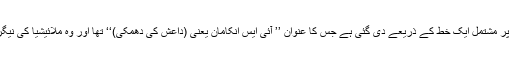
ذرائع ابلاغ کی رپورٹس میں بتایا گیا ہے کہ یہ دھمکی دو صفحات پر مشتمل ایک خط کے ذریعے دی گئی ہے جس کا عنوان ’’ آئی ایس انکامان یعنی (داعش کی دھمکی)‘‘ تھا اور وہ ملائیشیا کی نیگری سیمبلان ریاست کے نلائی شہر کی پولیس کے نام بھیجا گیا تھا۔